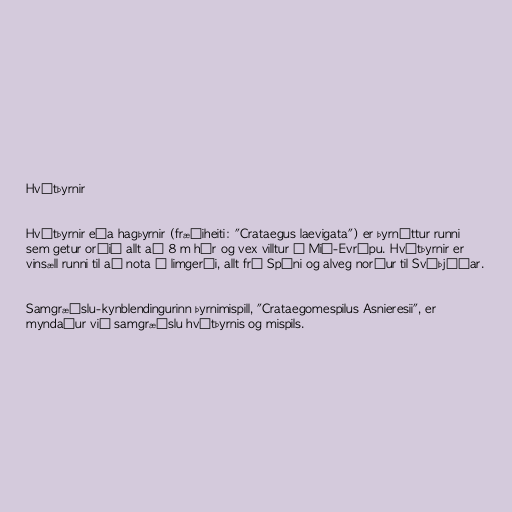
Hvítþyrnir

Hvítþyrnir eða hagþyrnir (fræðiheiti: "Crataegus laevigata") er þyrnóttur runni
sem getur orðið allt að 8 m hár og vex villtur í Mið-Evrópu. Hvítþyrnir er
vinsæll runni til að nota í limgerði, allt frá Spáni og alveg norður til Svíþjóðar.

Samgræðslu-kynblendingurinn þyrnimispill, "Crataegomespilus Asnieresii", er
myndaður við samgræðslu hvítþyrnis og mispils.